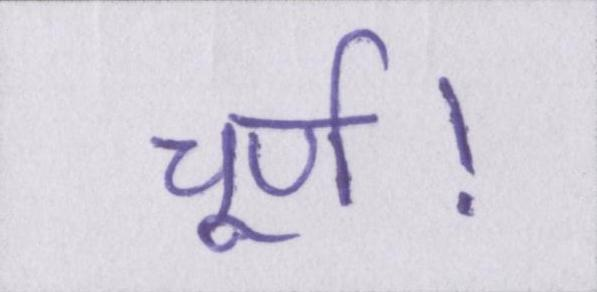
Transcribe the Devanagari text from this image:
चूर्ण।